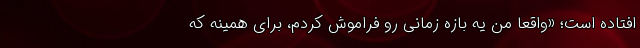
افتاده است؛ «واقعا من یه بازه‌ زمانی رو فراموش کردم، برای همینه که